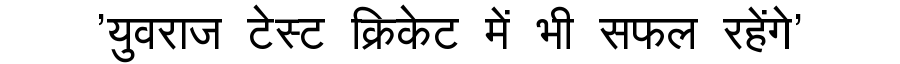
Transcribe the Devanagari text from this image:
'युवराज टेस्ट क्रिकेट में भी सफल रहेंगे'